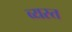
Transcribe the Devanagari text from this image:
व्‍यस्त